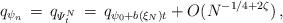
LaTeX: \begin{align*} q_{\psi_n}\, =\, q_{\varPsi^N_t}\, =\, q_{\psi_0+ b(\xi_N)t} + O(N^{-1/4+2\zeta})\, ,\end{align*}